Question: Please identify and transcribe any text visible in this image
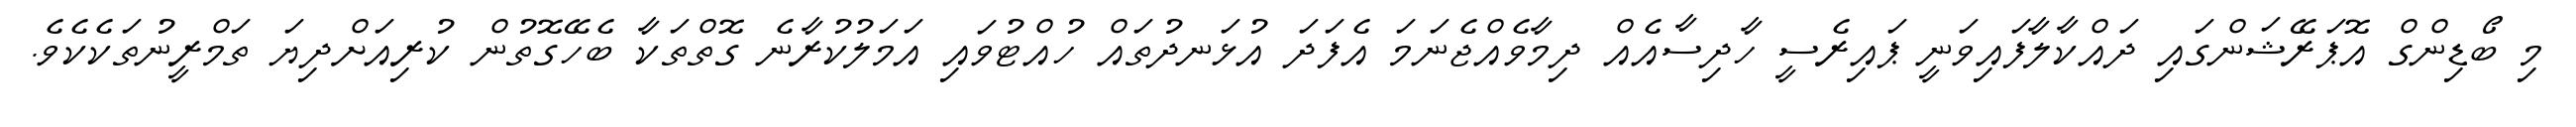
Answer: މި ބޯޑިންގް އޮޕަރޭޝަންގައި ދައްކާލާފައިވަނީ ޕައިރެސީ ހާދިސާއެއް ދިމާވެއްޖެނަމަ އެފަދަ އުޅަނދުތައް ހުއްޓުވައި އަމަލުކުރާނެ ގޮތްތަކާ ބެހޭގޮތުން ކުރިއަށްދިޔަ ތަމްރީނުތަކެކެވެ.